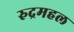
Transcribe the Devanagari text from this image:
रुद्रमहल